Bréfritari: Vilhjálmur Oddsen
Viðtakandi: Halldór Jónsson
Dagsetning: A-1870-02-06
Skrifað á: Hrappsstöðum  N-Múl.
bróðir Halldórs

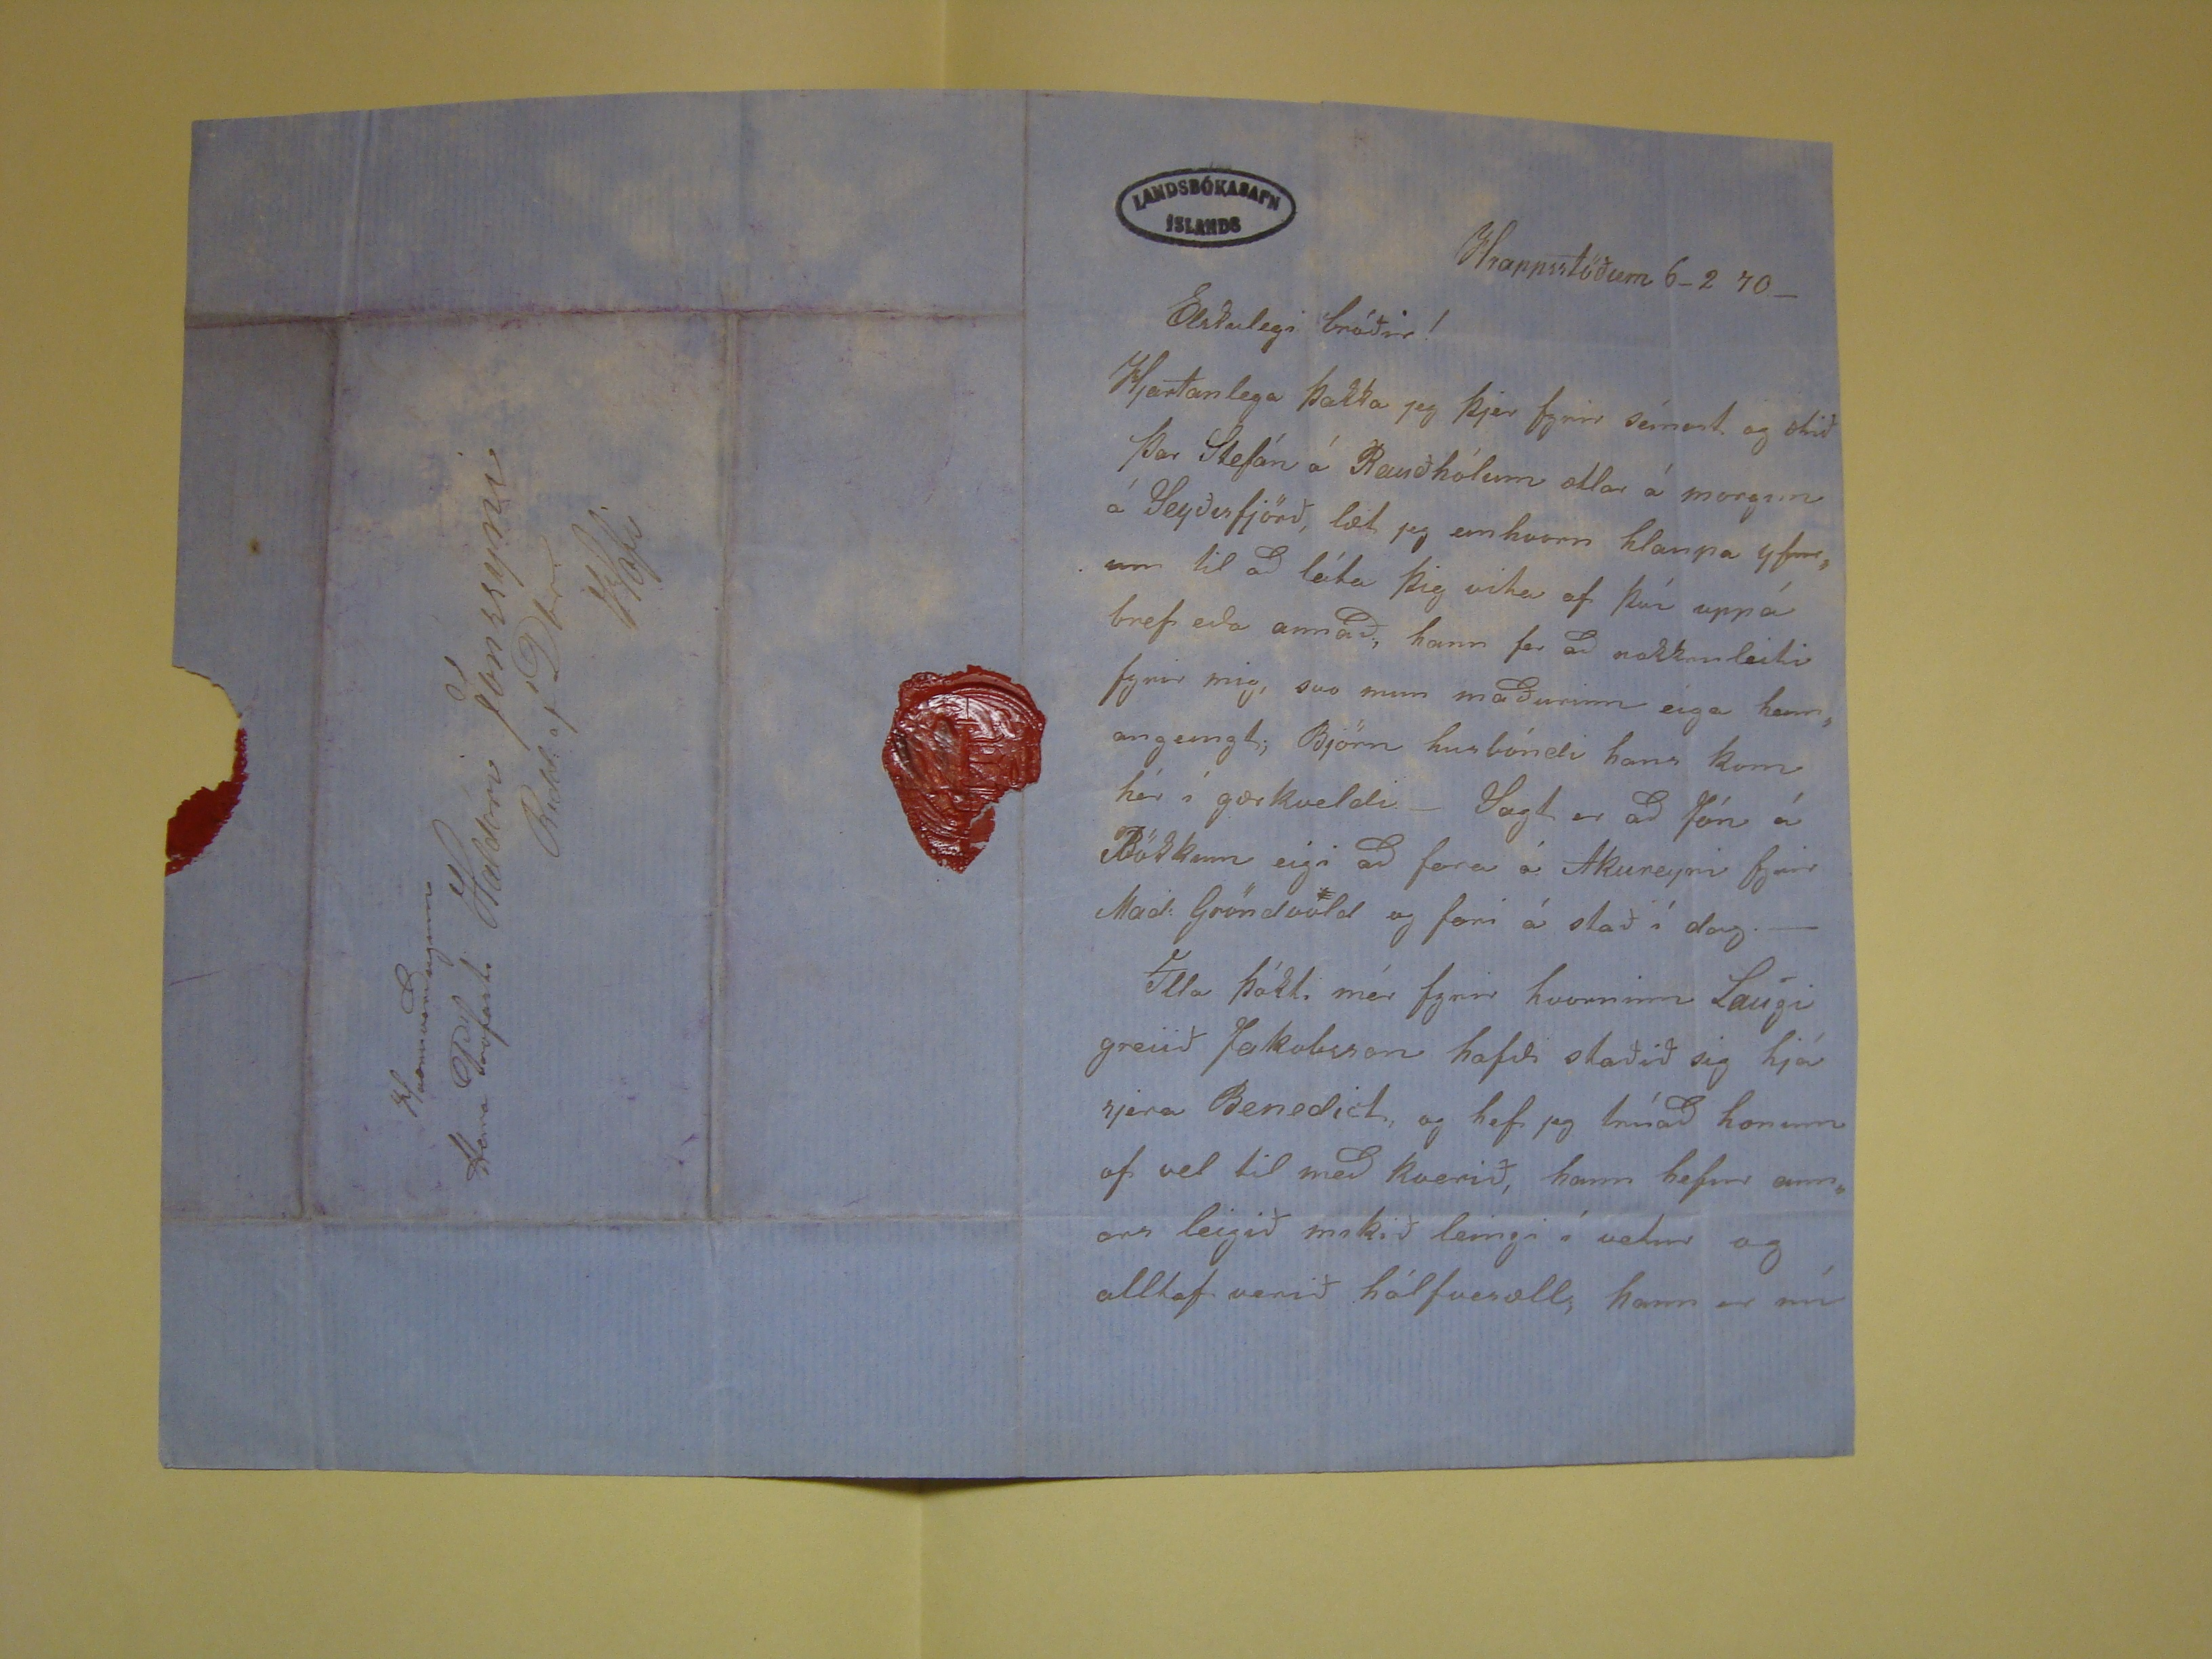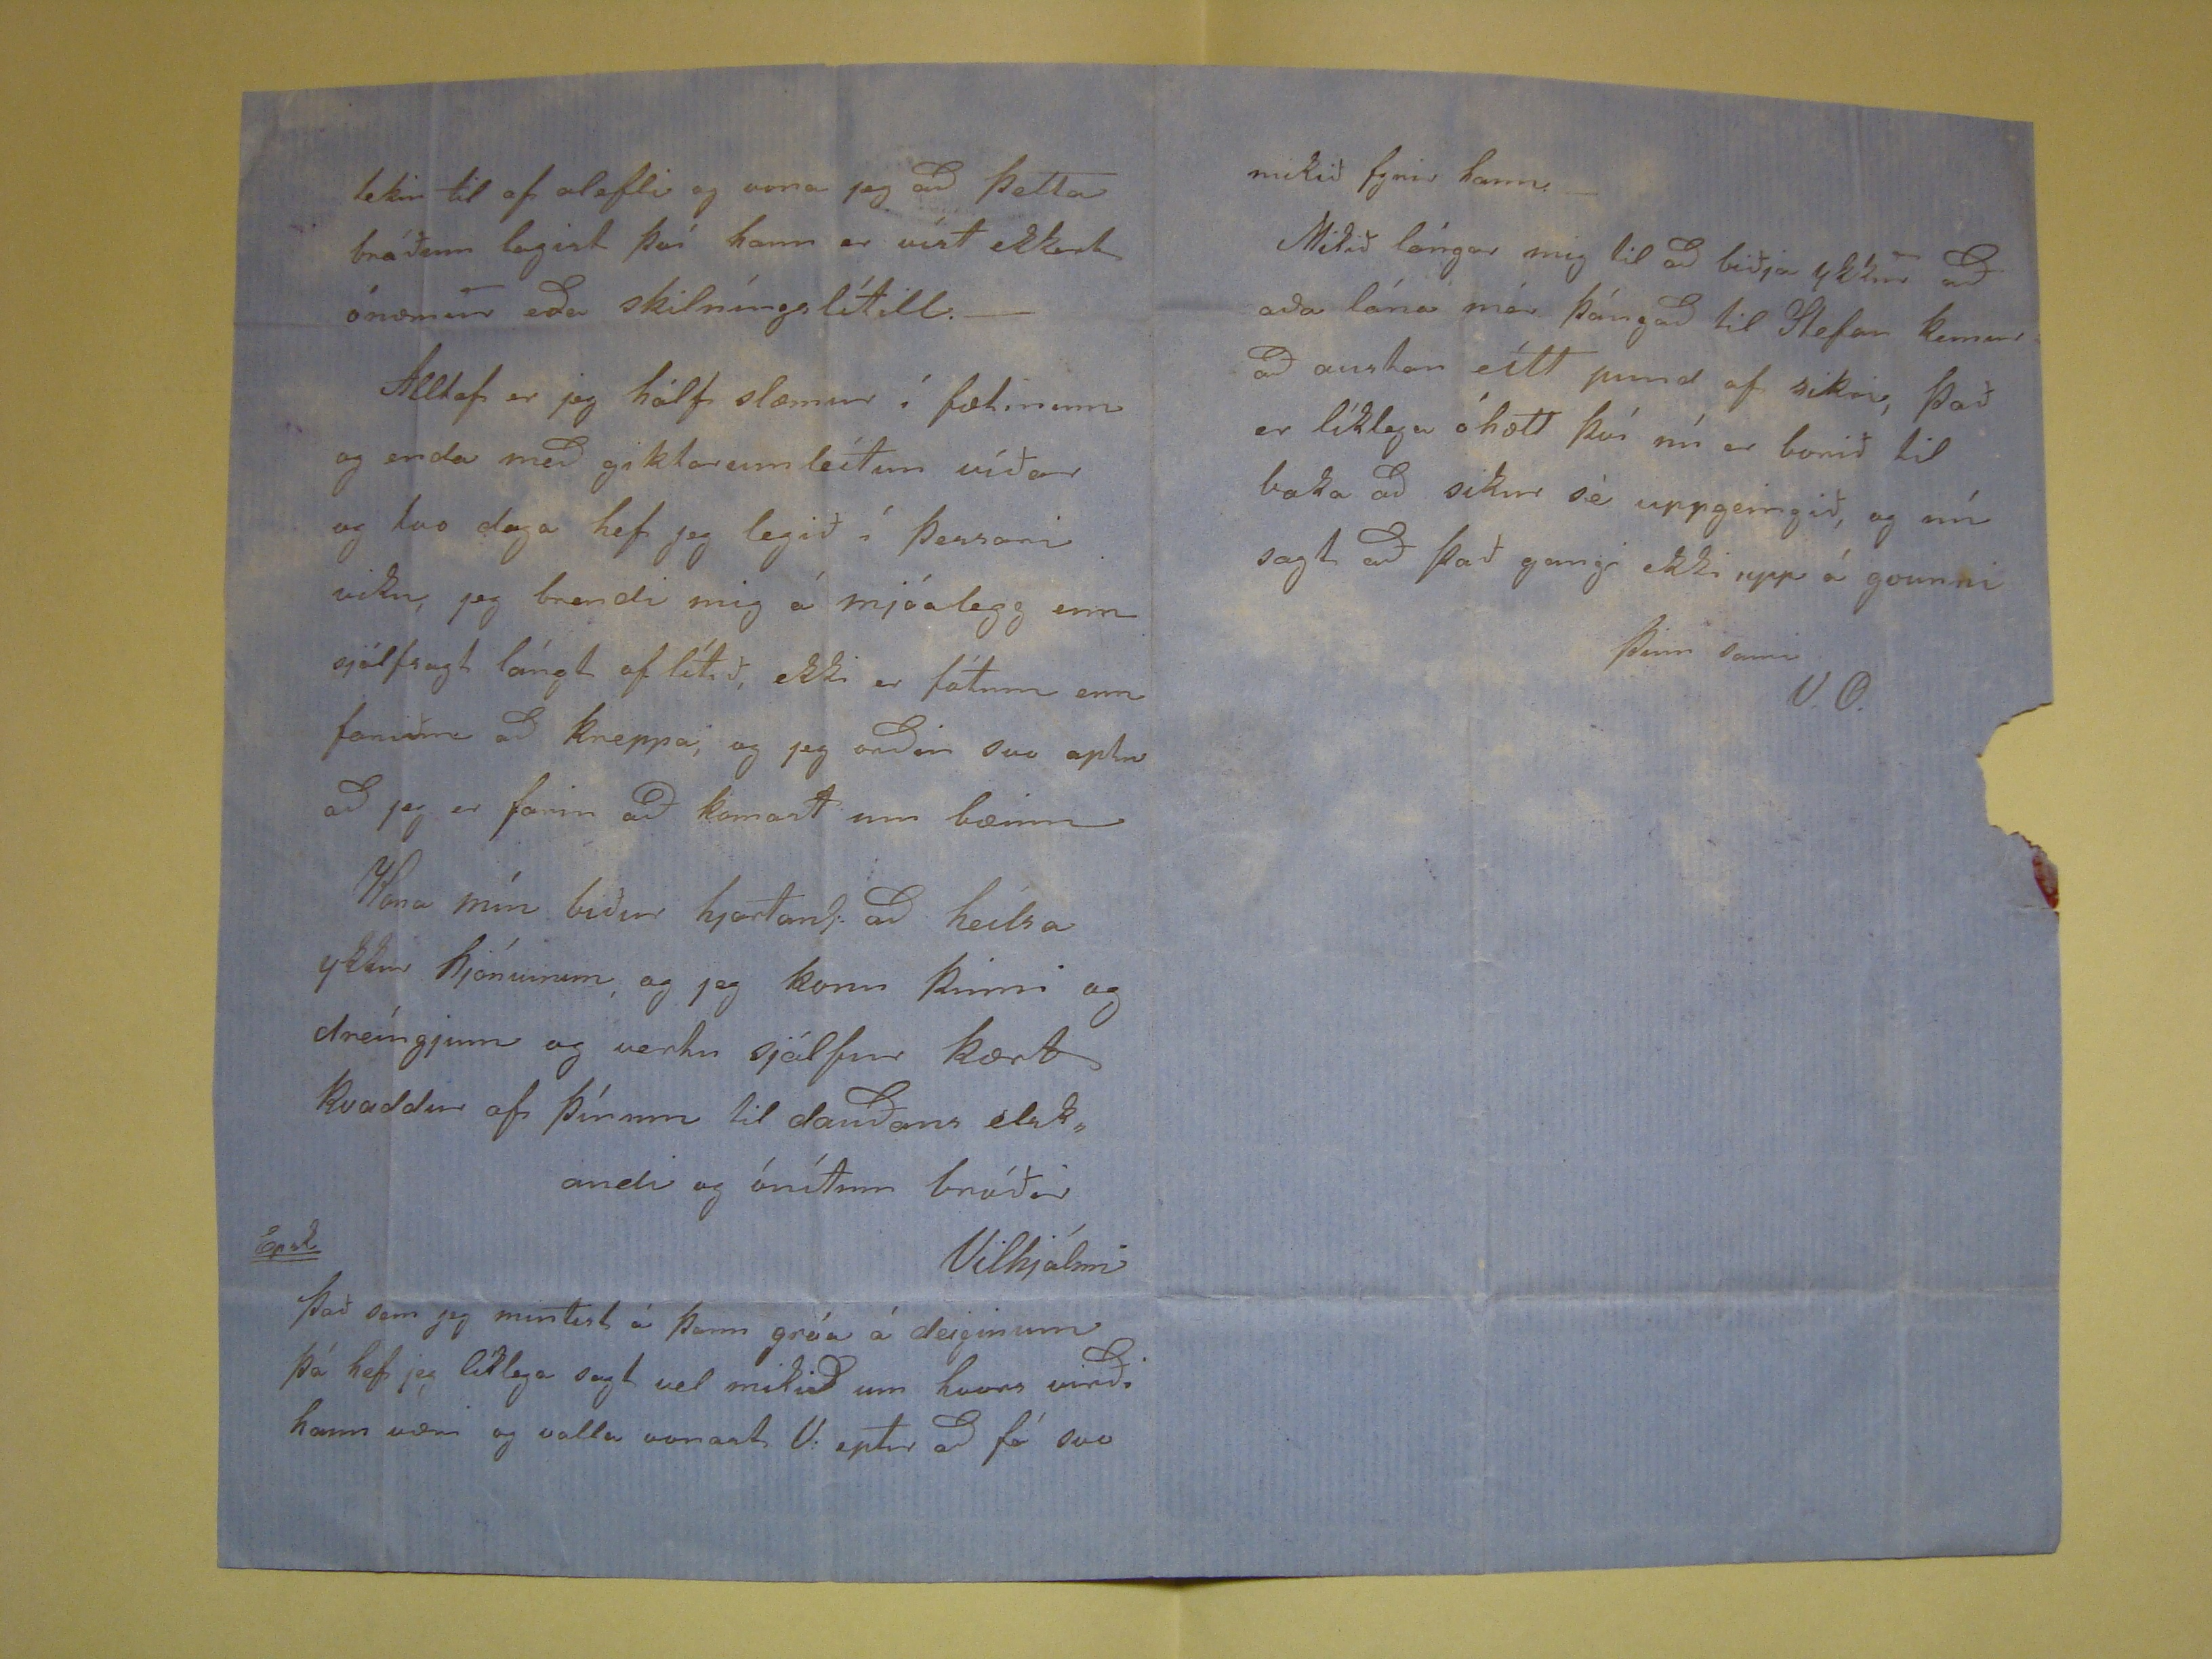

Hrappsstöðum 6-2 70-
Elskulegi bróðir!
Hjartanlega þakka jeg þjer fyrir seinast og ætið Þar Stefán á Rauðhólum ætlar á morgun á Seyðesfjörð, læt jeg einhvern hlaupa yfir, um til að láta þig vita af því
upp á bref eða annað, hann fer að nokkru leiti fyrir mig, svo mun maðurinn eiga hann
an gemgt;,
Björn husbóndi hans kom hér í gærkveldi -
Sagt er að Jón á Bökkum eigi að fara á Akureyri fyrir Mad. Gröndvald og fari á stað í dag.- Illa þókti mér fyrir hvorninn Laugi greiið Jakobsson hafði staðið sig hjá
sjera Benedict, og hef jeg trúað honum af vel til með kverið, hann hefur annars leigið mikið leingi í vetur og alltaf verið hálfversæll, hann er nú
tekin til af alefli og vona jeg að þetta bráður lagist því hann ervíst ekkert ónæmur eða skilningslítill.- Alltaf er jeg hálf slæmur í fætinum og enda með giktar um
leitun víðar og tvo daga hef jeg legið í þessari viku, jeg brendi mig á mjóalegg enn sjálfsagt lángt af lítið, ekki er fótum enn
fariðm
að kreppa, og
jeg orðin svo aptur að jeg er farin að komast um bæinn Kona mín biður hjartans að heilsa ykkur hjónunum, og jeg konu þinni og dreíngjum og vertu sjálfur kært kvaddur
af þínum til dauðans elskandi og ónítur bróðir
Vilhjálmi
Eðpsk
Það sem jeg mintist á þann gróa á deiginum þá hef jeg líklega sagt vel mikið um hvors virði hann væri og valla vonast V. eptir að fá svo
mikið fyrir hann. Mikið lángar mig til að biðja ykkur að oða lána mér þángað til Stefan kemur að austan eitt pund af sikri, það er líklega óhætt því nú er borið
til baka að sikur sé uppgeingið, og nú sagt að það gangi ekki upp á gounni
þinn sami
V.O.
Haæruverðugum
Herra Prófasti Haldóri Jónssyni
Redd. af
Dbr.
Hofi